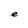
Character: e